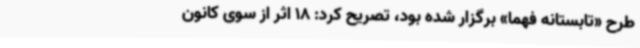
طرح «تابستانه فهما» برگزار شده بود، تصریح کرد: 18 اثر از سوی کانون